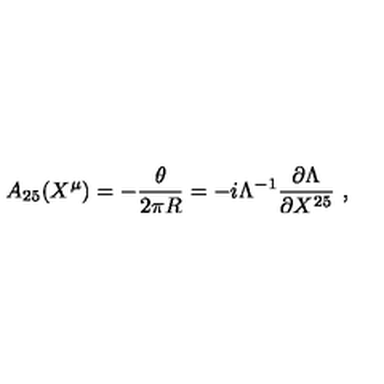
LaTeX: A _ { 2 5 } ( X ^ { \mu } ) = - { \frac { \theta } { 2 \pi R } } = - i \Lambda ^ { - 1 } { \frac { \partial \Lambda } { \partial X ^ { 2 5 } } } \ , \nonumber